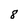
Character: 8